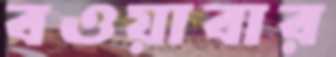
বওয়াবার